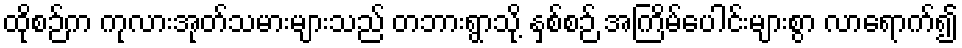
ထိုစဉ်က ကုလားအုတ်သမားများသည် တဘားရွာသို့ နှစ်စဉ် အကြိမ်ပေါင်းများစွာ လာရောက်၍